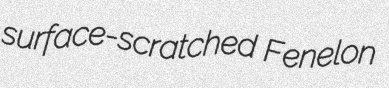
surface-scratched Fenelon